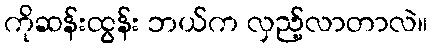
ကိုဆန်းထွန်း ဘယ်က လှည့်လာတာလဲ။